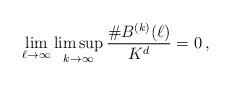
LaTeX: \begin{align*}\lim_{\ell\to \infty}\limsup_{k\to \infty} \frac{\# B^{(k)}(\ell)}{K^{d}}=0\,,\end{align*}